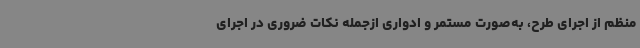
منظم از اجرای طرح، به‌صورت مستمر و ادواری ازجمله نکات ضروری در اجرای